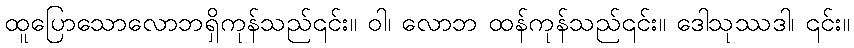
ထူပြောသောလောဘရှိကုန်သည်၎င်း။ ဝါ၊ လောဘ ထန်ကုန်သည်၎င်း။ ဒေါသုဿဒါ၊ ၎င်း။